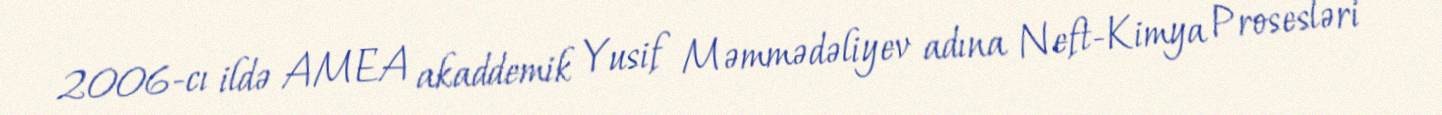
2006-cı ildə AMEA akaddemik Yusif Məmmədəliyev adına Neft-Kimya Prosesləri